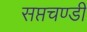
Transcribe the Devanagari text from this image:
सप्तचण्डी